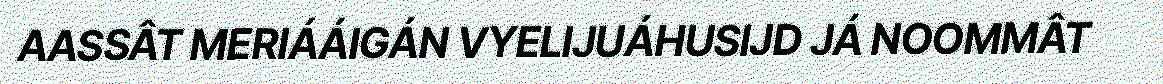
AASSÂT MERIÁÁIGÁN VYELIJUÁHUSIJD JÁ NOOMMÂT